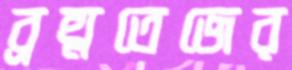
ব্রহ্মতেজের